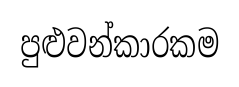
පුළුවන්කාරකම